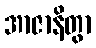
အာဇာနိတွာ